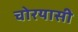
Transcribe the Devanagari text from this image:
चोरयासी